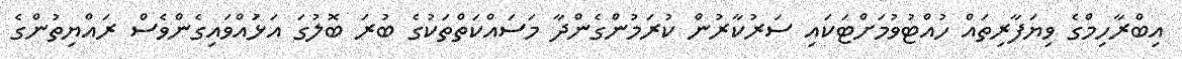
އިބްރާހިމްގެ ވިޔަފާރިތައް ހުއްޓުވުމަށްޓަކައި ސަރުކާރުން ކުރަމުންގެންދާ މަސައްކަތްތަކުގެ ބުރަ ބޮލުގަ އަޅުައްވައިގެންވެސް ރައްޔިތުންގެ